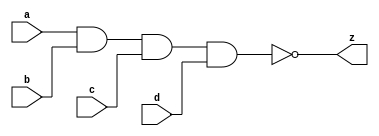
//#############################################################################
//# Function: 4 Input Nand Gate                                               #
//# Copyright: Lambda Project Authors. All rights Reserved.                   #
//# License:  MIT (see LICENSE file in Lambda repository)                     #
//#############################################################################

module la_nand4 #(
    parameter PROP = "DEFAULT"
) (
    input  a,
    input  b,
    input  c,
    input  d,
    output z
);

    assign z = ~(a & b & c & d);

endmodule